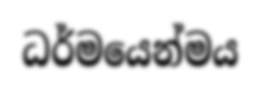
ධර්මයෙන්මය